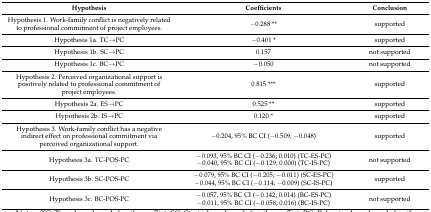
<table><thead><tr><td><b>Hypothesis</b></td><td><b>Coefficients</b></td><td><b>Conclusion</b></td></tr></thead><tbody><tr><td>Hypothesis 1. Work-family conflict is negatively related to professional commitment of project employees.</td><td>−0.288 **</td><td>supported</td></tr><tr><td>Hypothesis 1a. TC→PC</td><td>−0.401 *</td><td>supported</td></tr><tr><td>Hypothesis 1b. SC→PC</td><td>0.157</td><td>not supported</td></tr><tr><td>Hypothesis 1c. BC→PC</td><td>−0.050</td><td>not supported</td></tr><tr><td>Hypothesis 2. Perceived organizational support is positively related to professional commitment of project employees.</td><td>0.815 ***</td><td>supported</td></tr><tr><td>Hypothesis 2a. ES→PC</td><td>0.525 **</td><td>supported</td></tr><tr><td>Hypothesis 2b. IS→PC</td><td>0.120 *</td><td>supported</td></tr><tr><td>Hypothesis 3. Work-family conflict has a negative indirect effect on professional commitment via perceived organizational support.</td><td>−0.204, 95% BC CI (−0.509; −0.048)</td><td>supported</td></tr><tr><td>Hypothesis 3a. TC-POS-PC</td><td>−0.093, 95% BC CI (−0.236; 0.010) (TC-ES-PC)−0.040, 95% BC CI (−0.129; 0.000) (TC-IS-PC)</td><td>not supported</td></tr><tr><td>Hypothesis 3b. SC-POS-PC</td><td>−0.079, 95% BC CI (−0.205; −0.011) (SC-ES-PC)−0.044, 95% BC CI (−0.114; −0.009) (SC-IS-PC)</td><td>supported</td></tr><tr><td>Hypothesis 3c. BC-POS-PC</td><td>−0.057, 95% BC CI (−0.142; 0.014) (BC-ES-PC)−0.011, 95% BC CI (−0.058; 0.016) (BC-IS-PC)</td><td>not supported</td></tr></tbody></table>